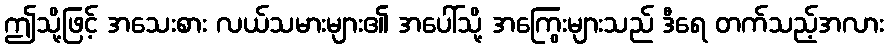
ဤသို့ဖြင့် အသေးစား လယ်သမားများ၏ အပေါ်သို့ အကြွေးများသည် ဒီရေ တက်သည့်အလား